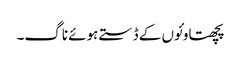
پچھتاو ئوں کے ڈستے ہوئے ناگ۔